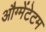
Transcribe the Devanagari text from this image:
औग्मेंटेटम